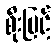
စိုးမြင့်